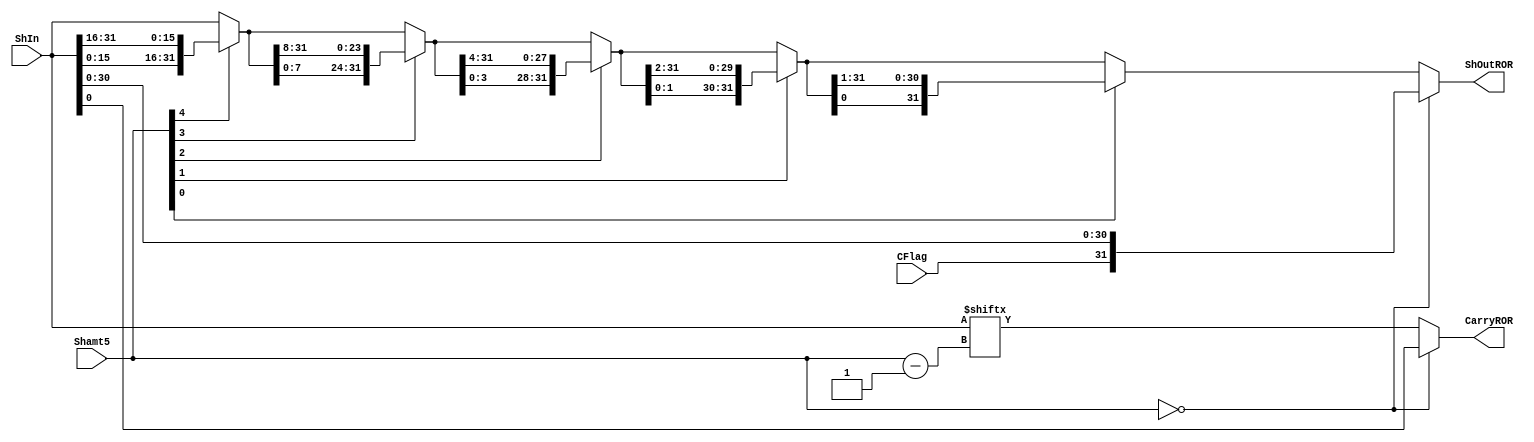
`timescale 1ns / 1ps
//////////////////////////////////////////////////////////////////////////////////
// Company: SUSTech
// Module Name: ROR
// Project Name: Processor
// Tool Versions: Vivado 2021.2
// Description: 
//
//////////////////////////////////////////////////////////////////////////////////


module ROR(
    input   [31:0]      ShIn,
    input   [4:0]       Shamt5,
    input               CFlag,
    output  [31:0]      ShOutROR,
    output              CarryROR
    );
    
    wire [31:0] ShOutA;
    wire [31:0] ShOutB;
    wire [31:0] ShOutC;
    wire [31:0] ShOutD;
    wire [31:0] ShOutE;
    
    assign  ShOutA      =   Shamt5[4] ? {ShIn[15:0], ShIn[31:16]} : ShIn;
    assign  ShOutB      =   Shamt5[3] ? {ShOutA[7:0], ShOutA[31:8]} : ShOutA;
    assign  ShOutC      =   Shamt5[2] ? {ShOutB[3:0], ShOutB[31:4]} : ShOutB;
    assign  ShOutD      =   Shamt5[1] ? {ShOutC[1:0], ShOutC[31:2]} : ShOutC;
    assign  ShOutE      =   Shamt5[0] ? {ShOutD[0], ShOutD[31:1]} : ShOutD;

    assign  ShOutROR    =   Shamt5 == 0 ? {CFlag, ShIn[30:0]} : ShOutE;
    assign  CarryROR    =   Shamt5 == 0 ? ShIn[0] : ShIn[Shamt5 - 1];
endmodule